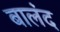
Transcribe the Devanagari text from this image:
बालंद